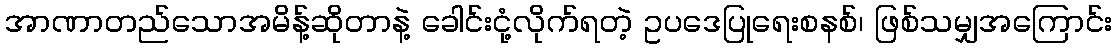
အာဏာတည်သောအမိန့်ဆိုတာနဲ့ ခေါင်းငုံ့လိုက်ရတဲ့ ဥပဒေပြုရေးစနစ်၊ ဖြစ်သမျှအကြောင်း